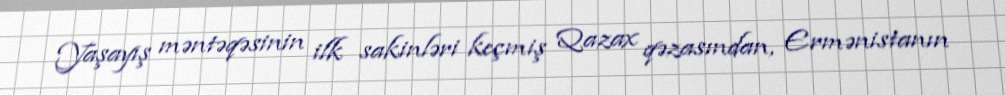
Yaşayış məntəqəsinin ilk sakinləri keçmiş Qazax qəzasından, Ermənistanın